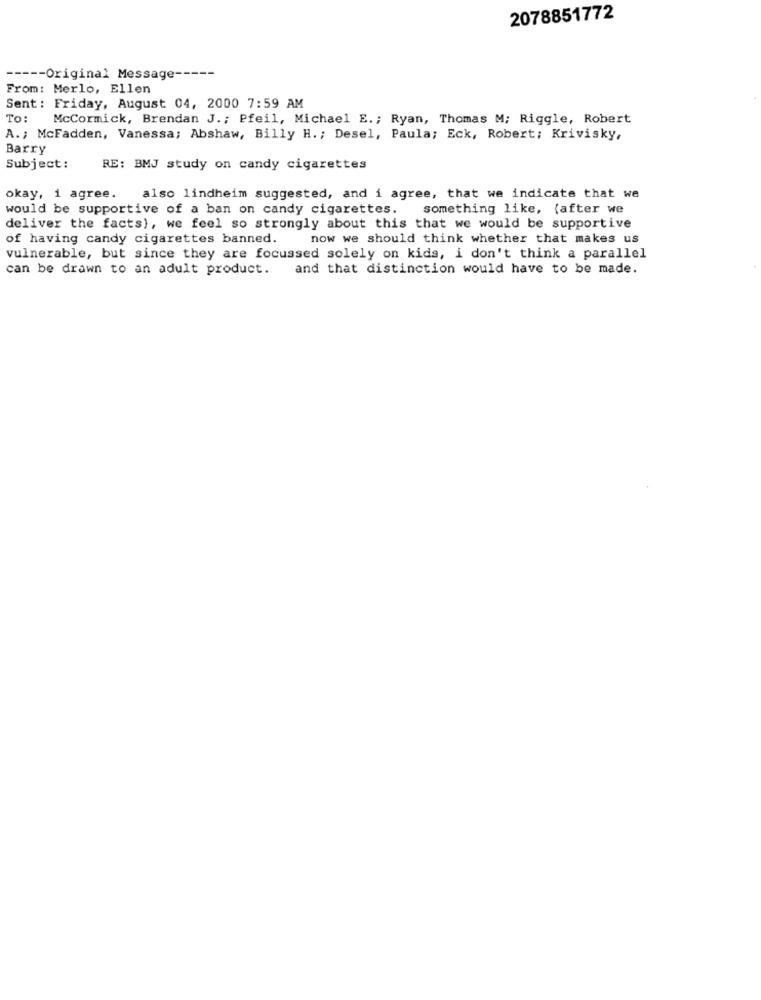
2078851772
---
---- Original Message --
From: Merlo, Ellen
Sent: Friday, August 04, 2000 7:59 AM
To:
McCormick, Brendan J. ; Pfeil, Michael E. ; Ryan, Thomas M; Riggle, Robert
A .; McFadden, Vanessa; Abshaw, Billy H. ; Desel, Paula; Eck, Robert; Krivisky,
Barry
Subject:
RE: BMJ study on candy cigarettes
okay, i agree.
also lindheim suggested, and i agree, that we indicate that we
would be supportive of a ban on candy cigarettes.
something like, (after we
deliver the facts), we feel so strongly about this that we would be supportive
of having candy cigarettes banned.
now we should think whether that makes us
vulnerable, but since they are focussed solely on kids, i don't think a parallel
can be drawn to an adult product.
and that distinction would have to be made.